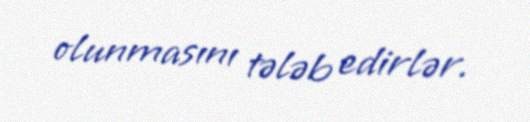
olunmasını tələb edirlər.